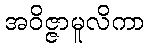
အဝိဇ္ဇာမူလိကာ